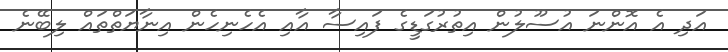
އަދި އެ އޮންނަ އުސޫލުން އިތުރުގަޑީގެ ފައިސާ އާއި އެހެނިހެން އިނާޔަތްތައް ލިބޭނެ